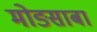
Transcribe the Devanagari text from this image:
मोङसाबा